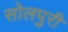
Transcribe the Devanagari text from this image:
सोलपुरी